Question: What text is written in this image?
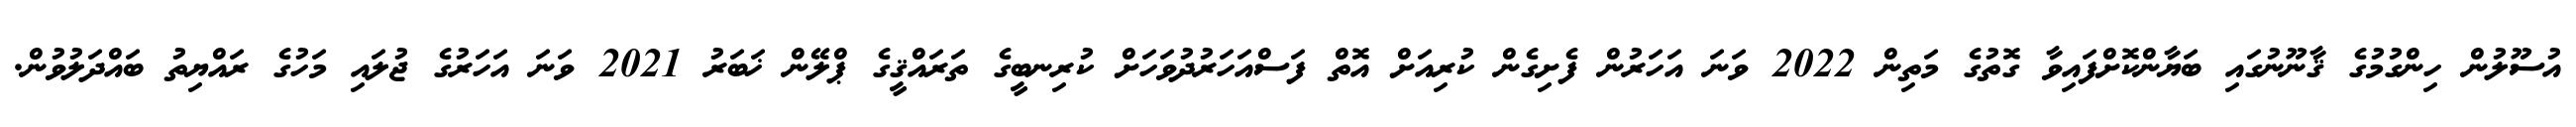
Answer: އުސޫލުން ހިންގުމުގެ ޤާނޫނުގައި ބަޔާންކޮށްފައިވާ ގޮތުގެ މަތިން 2022 ވަނަ އަހަރުން ފެށިގެން ކުރިއަށް އޮތް ފަސްއަހަރުދުވަހަށް ކުރިނބީގެ ތަރައްޤީގެ ޕްލޭން ޚަބަރު 2021 ވަނަ އަހަރުގެ ޖުލައި މަހުގެ ރައްޔިތު ބައްދަލުވުން.